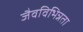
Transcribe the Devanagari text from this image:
जैवविभिन्नता